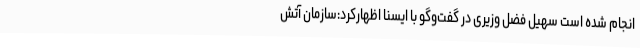
انجام شده است سهیل فضل وزیری در گفت‌وگو با ایسنا اظهارکرد:سازمان آتش